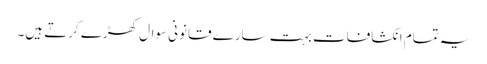
یہ تمام انکشافات بہت سارے قانونی سوال کھڑے کرتے ہیں۔